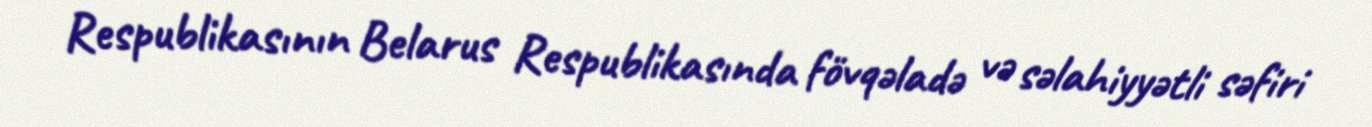
Respublikasının Belarus Respublikasında fövqəladə və səlahiyyətli səfiri